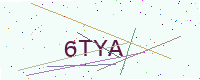
Text: 6TYA